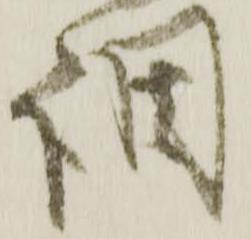
調